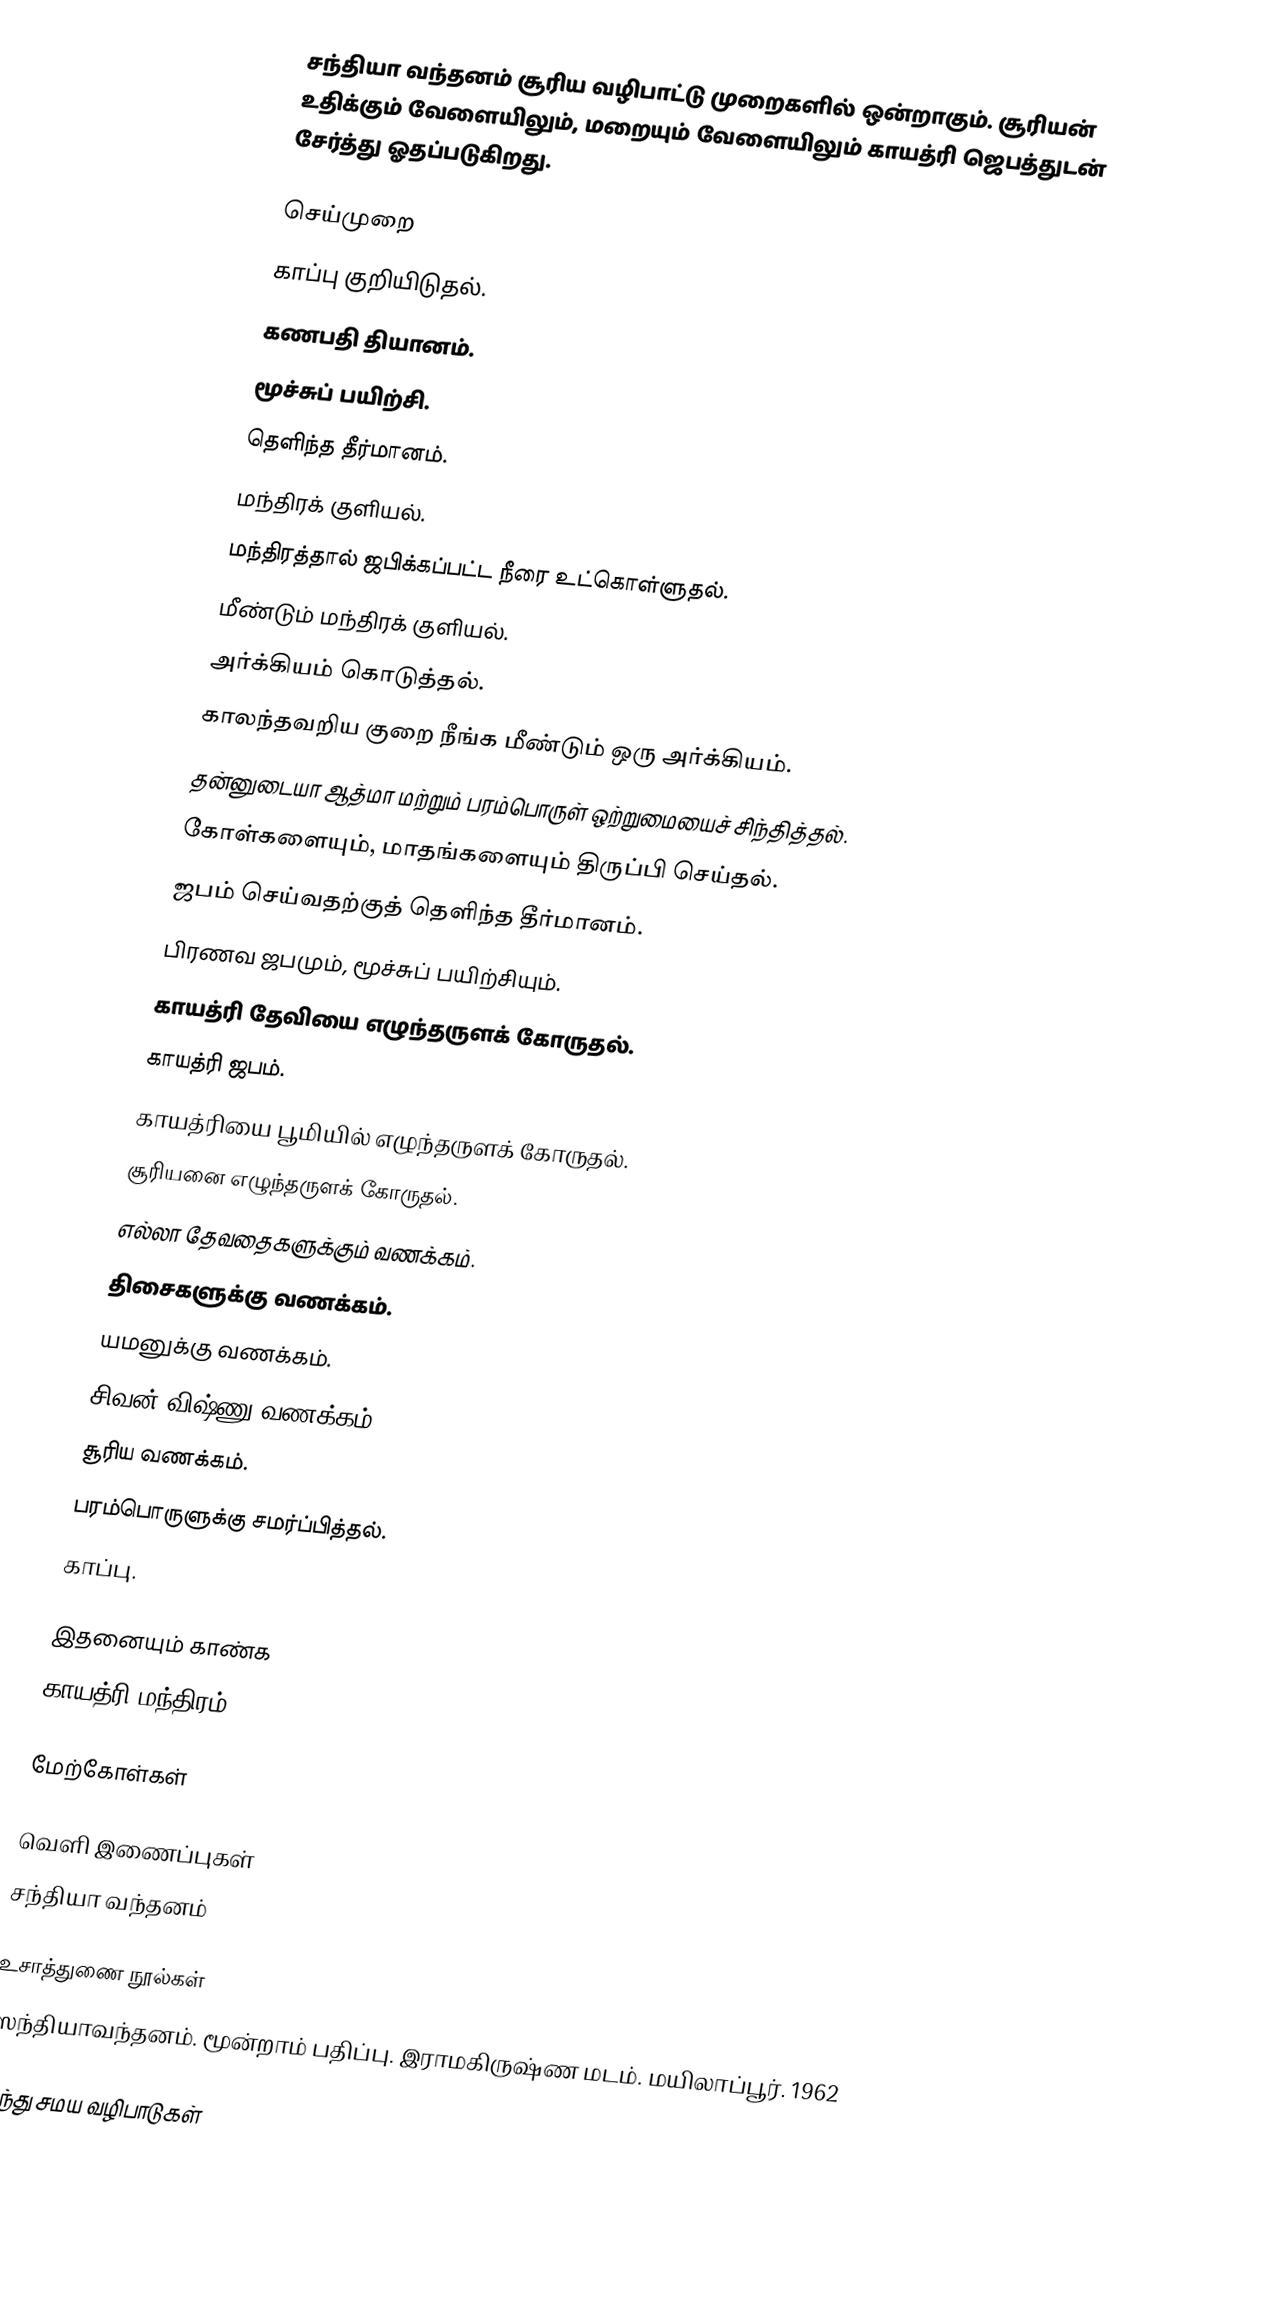
சந்தியா வந்தனம் சூரிய வழிபாட்டு முறைகளில் ஒன்றாகும். சூரியன் உதிக்கும் வேளையிலும், மறையும் வேளையிலும் காயத்ரி ஜெபத்துடன் சேர்த்து ஓதப்படுகிறது.

செய்முறை
 காப்பு குறியிடுதல்.
 கணபதி தியானம்.
 மூச்சுப் பயிற்சி.
 தெளிந்த தீர்மானம்.
 மந்திரக் குளியல்.
 மந்திரத்தால் ஜபிக்கப்பட்ட நீரை உட்கொள்ளுதல்.
 மீண்டும் மந்திரக் குளியல்.
 அர்க்கியம் கொடுத்தல்.
 காலந்தவறிய குறை நீங்க மீண்டும் ஒரு அர்க்கியம்.
 தன்னுடையா ஆத்மா மற்றும் பரம்பொருள் ஒற்றுமையைச் சிந்தித்தல்.
 கோள்களையும், மாதங்களையும் திருப்பி செய்தல்.
 ஜபம் செய்வதற்குத் தெளிந்த தீர்மானம்.
 பிரணவ ஜபமும், மூச்சுப் பயிற்சியும்.
 காயத்ரி தேவியை எழுந்தருளக் கோருதல்.
 காயத்ரி ஜபம்.
 காயத்ரியை பூமியில் எழுந்தருளக் கோருதல்.
 சூரியனை எழுந்தருளக் கோருதல்.
 எல்லா தேவதைகளுக்கும் வணக்கம்.
 திசைகளுக்கு வணக்கம்.
 யமனுக்கு வணக்கம்.
 சிவன்-விஷ்ணு வணக்கம்.
 சூரிய வணக்கம்.
 பரம்பொருளுக்கு சமர்ப்பித்தல்.
 காப்பு.

இதனையும் காண்க
 காயத்ரி மந்திரம்

மேற்கோள்கள்

வெளி இணைப்புகள்
 சந்தியா வந்தனம்

உசாத்துணை நூல்கள்
 ஸந்தியாவந்தனம். மூன்றாம் பதிப்பு. இராமகிருஷ்ண மடம். மயிலாப்பூர். 1962

இந்து சமய வழிபாடுகள்